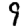
Digit: 9